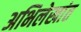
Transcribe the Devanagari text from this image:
अभिलेखांत